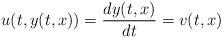
LaTeX: \begin{align*}u(t,y(t,x))=\frac{dy(t,x)}{dt}=v(t,x)\end{align*}